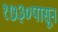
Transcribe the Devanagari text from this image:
१७३०पासून